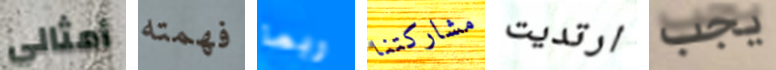
أمثالي فهمته ربما مشاركتنا ارتديت يجب